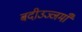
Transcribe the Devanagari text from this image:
बदीउज्जमाँ